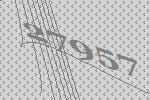
27957